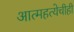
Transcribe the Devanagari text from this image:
आत्महत्येचीही